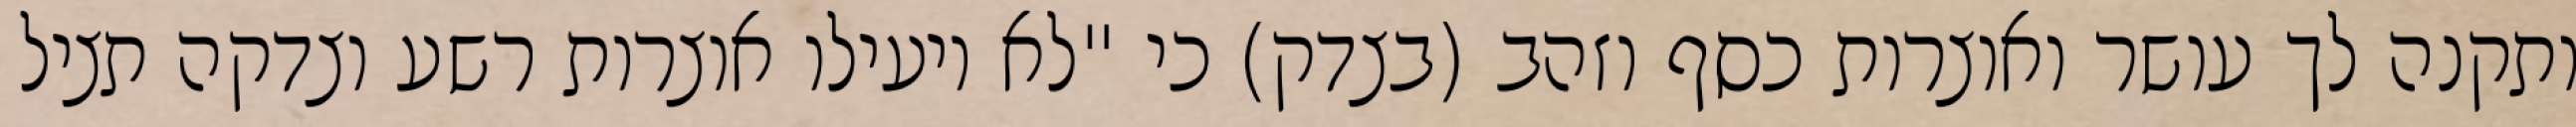
ותקנה לך עושר ואוצרות כסף וזהב (בצדק) כי "לא יועילו אוצרות רשע וצדקה תציל